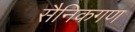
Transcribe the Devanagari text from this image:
सैनिकगण